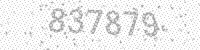
Solution: 837879